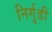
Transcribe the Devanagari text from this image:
निर्गुडी